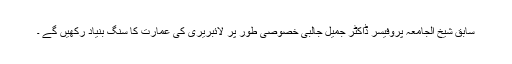
سابق شیخ الجامعہ پروفیسر ڈاکٹر جمیل جالبی خصوصی طور پر لائبریری کی عمارت کا سنگ بنیاد رکھیں گے ۔